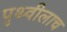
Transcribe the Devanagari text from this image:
पृथ्वीलाच